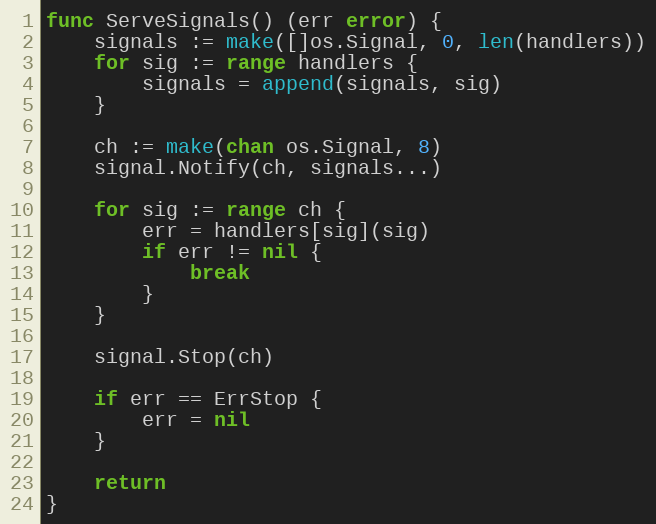
Language: Go
func ServeSignals() (err error) {
	signals := make([]os.Signal, 0, len(handlers))
	for sig := range handlers {
		signals = append(signals, sig)
	}

	ch := make(chan os.Signal, 8)
	signal.Notify(ch, signals...)

	for sig := range ch {
		err = handlers[sig](sig)
		if err != nil {
			break
		}
	}

	signal.Stop(ch)

	if err == ErrStop {
		err = nil
	}

	return
}